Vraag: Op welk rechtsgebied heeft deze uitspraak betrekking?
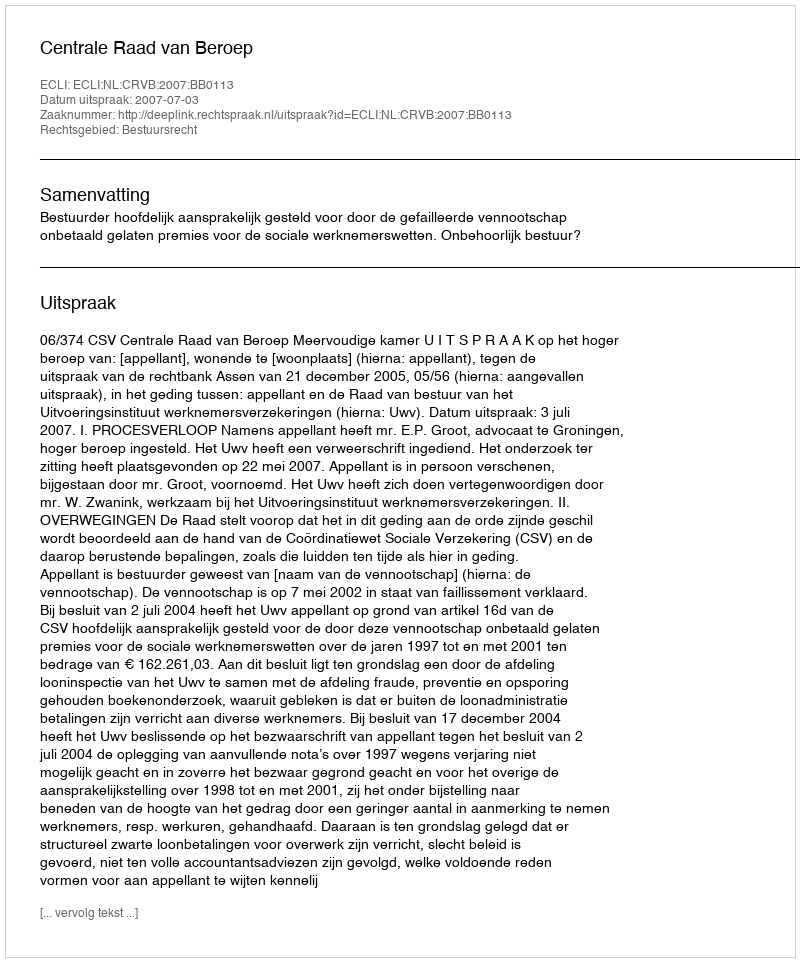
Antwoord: Bestuursrecht